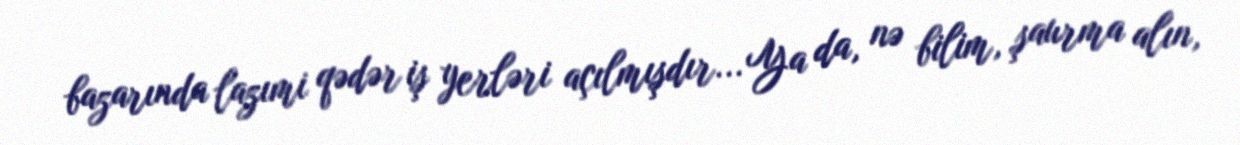
bazarında lazımi qədər iş yerləri açılmışdır... Ya da, nə bilim, şaurma alın,